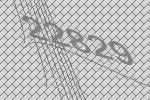
22829